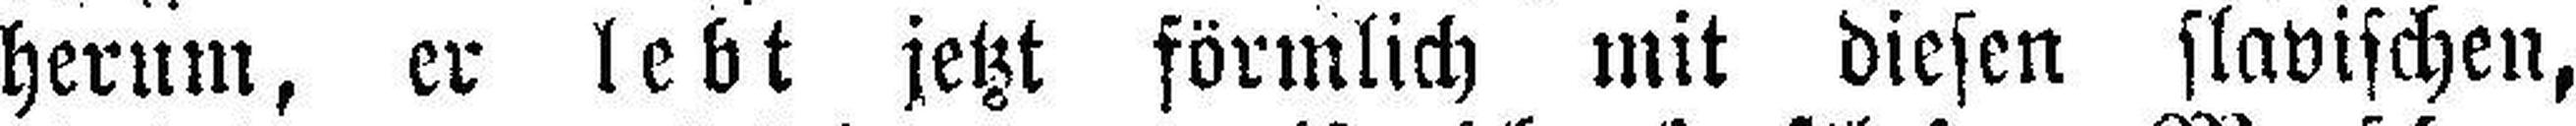
herum, er lebt jetzt förmlich mit diesen slavischen,